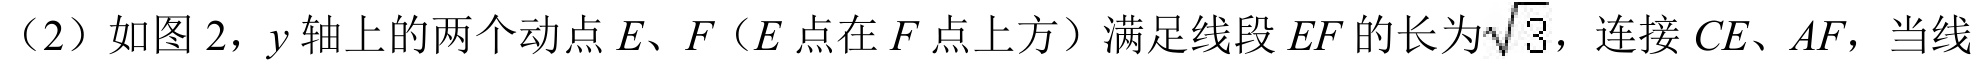
（2）如图 2，\(y\)轴上的两个动点\(E、F\)（\(E\)点在\(F\)点上方）满足线段\(EF\)的长为\(\sqrt{3}\)，连接\(CE、AF\)，当线